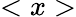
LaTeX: <x>